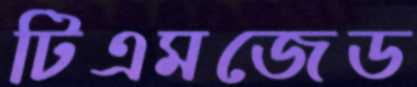
টিএমজেড